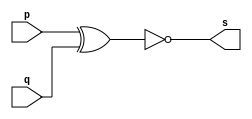
// Exemplo0008
// Nome: Gustavo Barbosa

module xnor2 (output s,input p,input q);

 assign s = (~(p^q));

endmodule

module testexnor;

 reg a,b;
 wire s;

 xnor2 xnor1 (s,a,b);

 initial begin: start
   a=0; b=0;
  end

//Principal
 initial begin
    $display("Teste XNOR");
   $display("\n(~(p^q)) = s\n");
   $monitor("  %b   %b %b",s,a,b);

   #1 a=0;b=1;
   #1 a=1; b=0;
   #1 a=1;b=1;
  end
endmodule